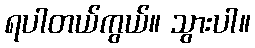
ရပါတယ်ကွယ်။ သွားပါ။